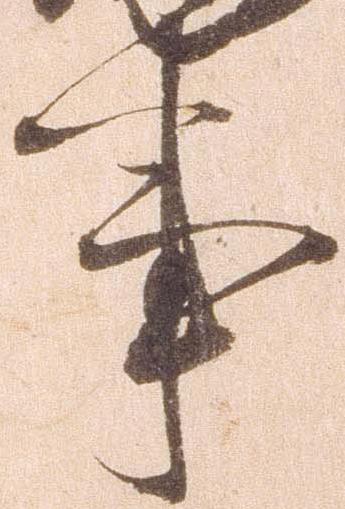
事